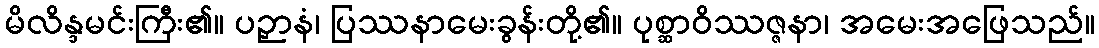
မိလိန္ဒမင်းကြီး၏။ ပဉှာနံ၊ ပြဿနာမေးခွန်းတို့၏။ ပုစ္ဆာဝိဿဇ္ဇနာ၊ အမေးအဖြေသည်။